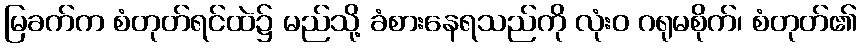
မြခက်က စံတုတ်ရင်ထဲ၌ မည်သို့ ခံစားနေရသည်ကို လုံးဝ ဂရုမစိုက်၊ စံတုတ်၏